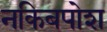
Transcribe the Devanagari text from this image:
नकिबपोश